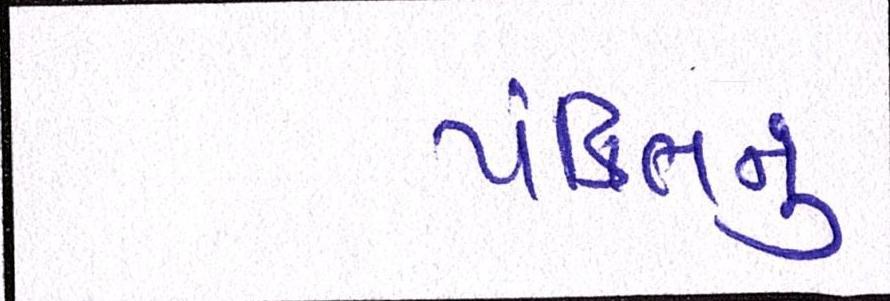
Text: પંક્તિનું